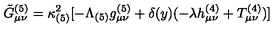
\tilde { G } _ { \mu \nu } ^ { ( 5 ) } = \kappa _ { ( 5 ) } ^ { 2 } [ - \Lambda _ { ( 5 ) } g _ { \mu \nu } ^ { ( 5 ) } + \delta ( y ) ( - \lambda h _ { \mu \nu } ^ { ( 4 ) } + T _ { \mu \nu } ^ { ( 4 ) } ) ]